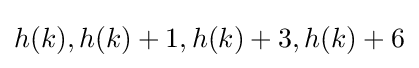
h(k),h(k)+1,h(k)+3,h(k)+6